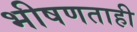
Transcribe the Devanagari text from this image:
भीषणताही